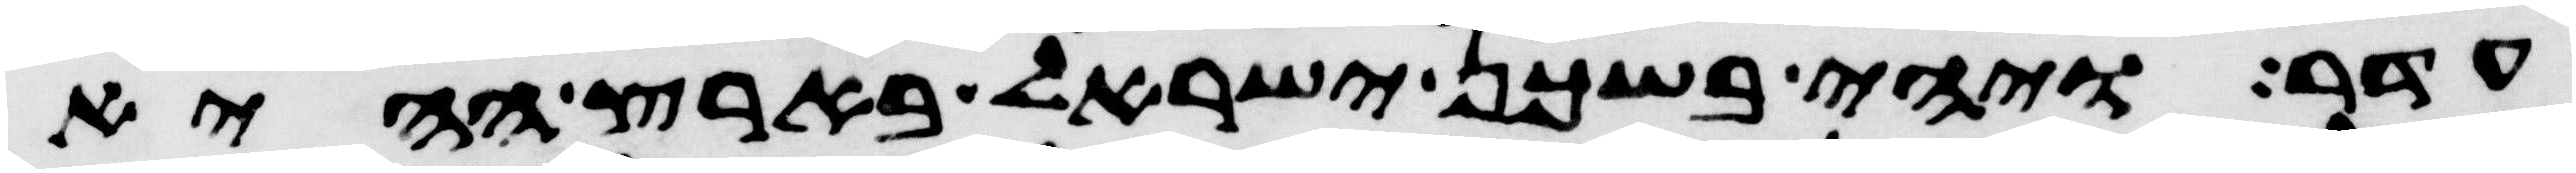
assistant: עדר ויהי בשכן ישראל בארץ ההיא